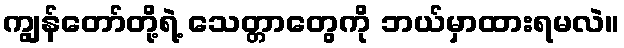
ကျွန်တော်တို့ရဲ့ သေတ္တာတွေကို ဘယ်မှာထားရမလဲ။